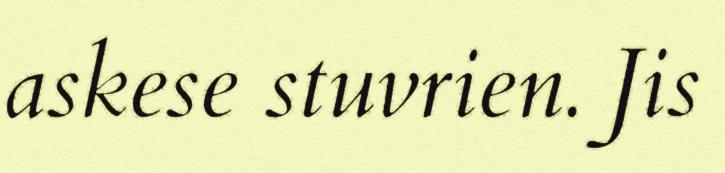
askese stuvrien. Jis